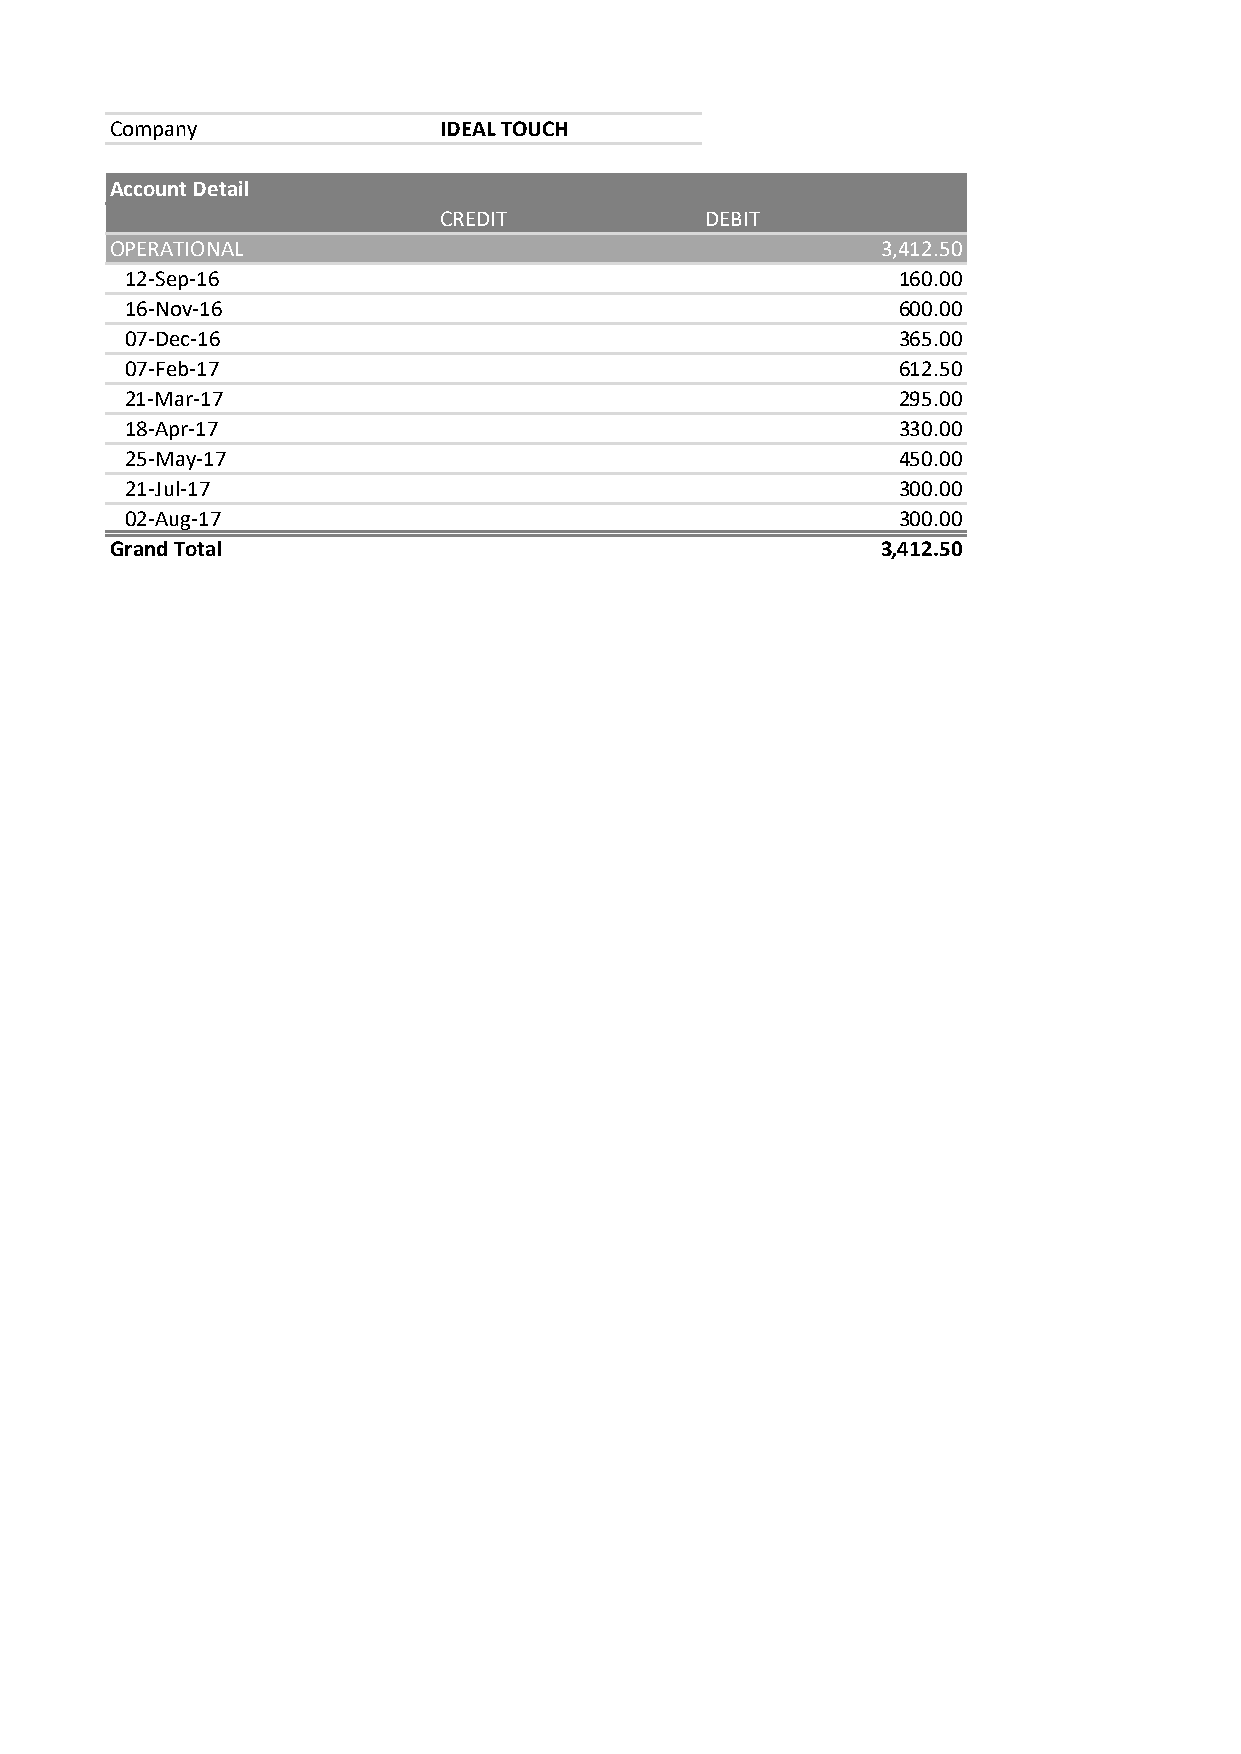
Company               IDEAL TOUCH
 Account Detail
 CREDIT            DEBIT
 OPERATIONAL                                        3,412.50
 12-Sep-16                                          160.00
 16-Nov-16                                          600.00
 07-Dec-16                                          365.00
 07-Feb-17                                          612.50
 21-Mar-17                                          295.00
 18-Apr-17                                          330.00
 25-May-17                                          450.00
 21-Jul-17                                          300.00
 02-Aug-17                                          300.00
 Grand Total                                        3,412.50